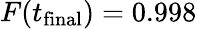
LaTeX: F(t_{\mathrm{final}})=0.998